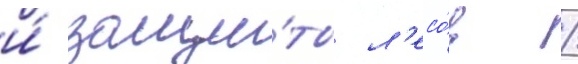
и́ защи́ты л'есо́в /